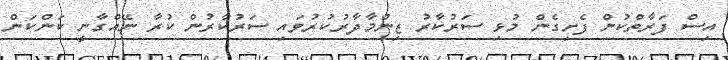
އިސް ފަރާތްކުން ފެށިގެން މުޅި ސަރުކާރު ޒިންމާދާރުކުރުވައި ސަރުކާރުން ކުރާ ނޭއްގާނީ ކަންކަން